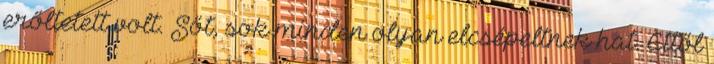
erőltetett volt. Sőt, sok minden olyan elcsépeltnek hat. Ettől